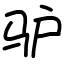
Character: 驴